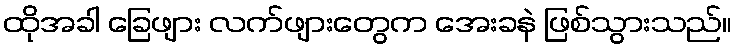
ထိုအခါ ခြေဖျား လက်ဖျားတွေက အေးခနဲ ဖြစ်သွားသည်။